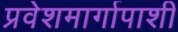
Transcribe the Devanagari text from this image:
प्रवेशमार्गापाशी